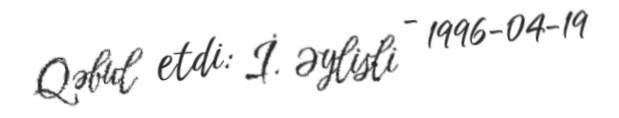
Qəbul etdi: İ. Əylisli - 1996-04-19